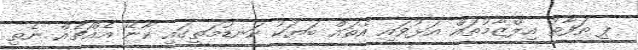
ޕީ ތަފާތު އިލްޒާމުތައް އަޅުވައި އެތައް ބަޔަކު ކަނޑުމަތީގައި ކާނޭ އެއްޗެއް ނެތި